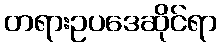
တရားဥပဒေဆိုင်ရာ